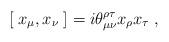
LaTeX: \begin{align*}[\;{ x}_{\mu},{ x}_{\nu}\;] =i\theta_{\mu\nu}^{\rho\tau}x_{\rho}x_{\tau}\;, \end{align*}